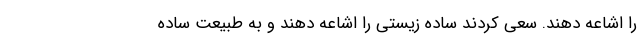
را اشاعه دهند. سعی کردند ساده زیستی را اشاعه دهند و به طبیعت ساده